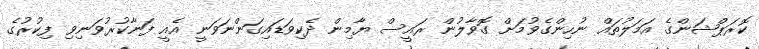
ކޮރަޕްޝަންގެ އަމަލުތައް ނުހިންގެވުމަށް ގޮވާލުން ރައީސް ޔާމިން ދެކިވަޑައިގަންނަވަނީ އެއީ ފަނާކުރުވަނިވި ފިކުރުގެ